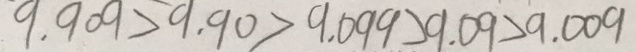
9 . 9 0 9 > 9 . 9 0 > 9 . 0 9 9 > 9 . 0 9 > 9 . 0 0 9